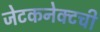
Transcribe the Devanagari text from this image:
जेटकनेक्टची